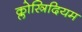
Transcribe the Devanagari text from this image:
क्लोस्त्रिदियम